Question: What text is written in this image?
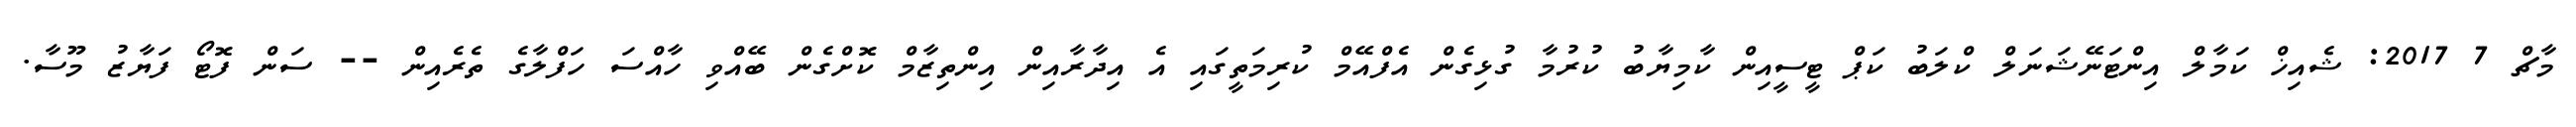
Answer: މާޗް 7 2017: ޝެއިޚް ކަމާލް އިންޓަނޭޝަނަލް ކްލަބު ކަޕް ޓީސީއިން ކާމިޔާބު ކުރުމާ ގުޅިގެން އެފްއޭމް ކުރިމަތީގައި އެ އިދާރާއިން އިންތިޒާމް ކޮށްގެން ބޭއްވި ހާއްސަ ހަފްލާގެ ތެރެއިން -- ސަން ފޮޓޯ ފަޔާޒު މޫސާ.